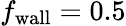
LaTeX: f_{\mathrm{wall}}=0.5